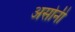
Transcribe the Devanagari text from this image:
असोनी